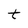
Character: t